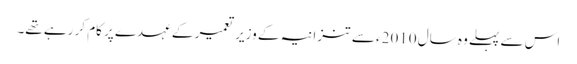
اس سے پہلے وہ سال 2010ء سے تنزانیہ کے وزیر تعمیر کے عہدے پر کام کر رہے تھے۔